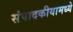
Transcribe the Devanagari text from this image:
संपादकीयामध्ये